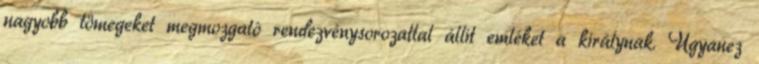
nagyobb tömegeket megmozgató rendezvénysorozattal állít emléket a királynak. Ugyanez